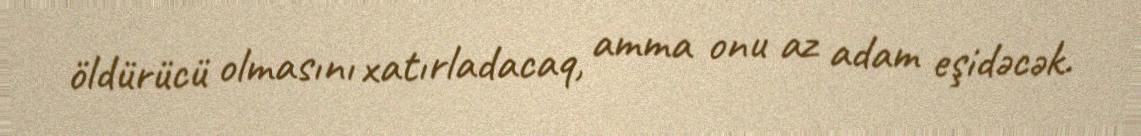
öldürücü olmasını xatırladacaq, amma onu az adam eşidəcək.